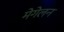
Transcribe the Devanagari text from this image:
मेगेलन